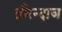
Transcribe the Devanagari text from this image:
तीरन्दाज